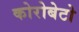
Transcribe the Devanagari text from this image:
कोरोबेटो